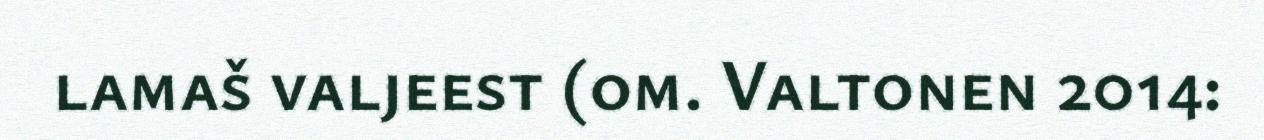
lamaš valjeest (om. Valtonen 2014: